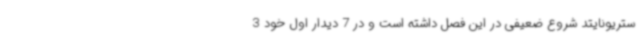
ستریونایتد شروع ضعیفی در این فصل داشته است و در 7 دیدار اول خود 3